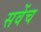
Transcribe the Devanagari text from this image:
सवेंच